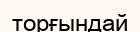
торғындай